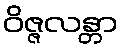
ဝိဇ္ဇလန္တာ